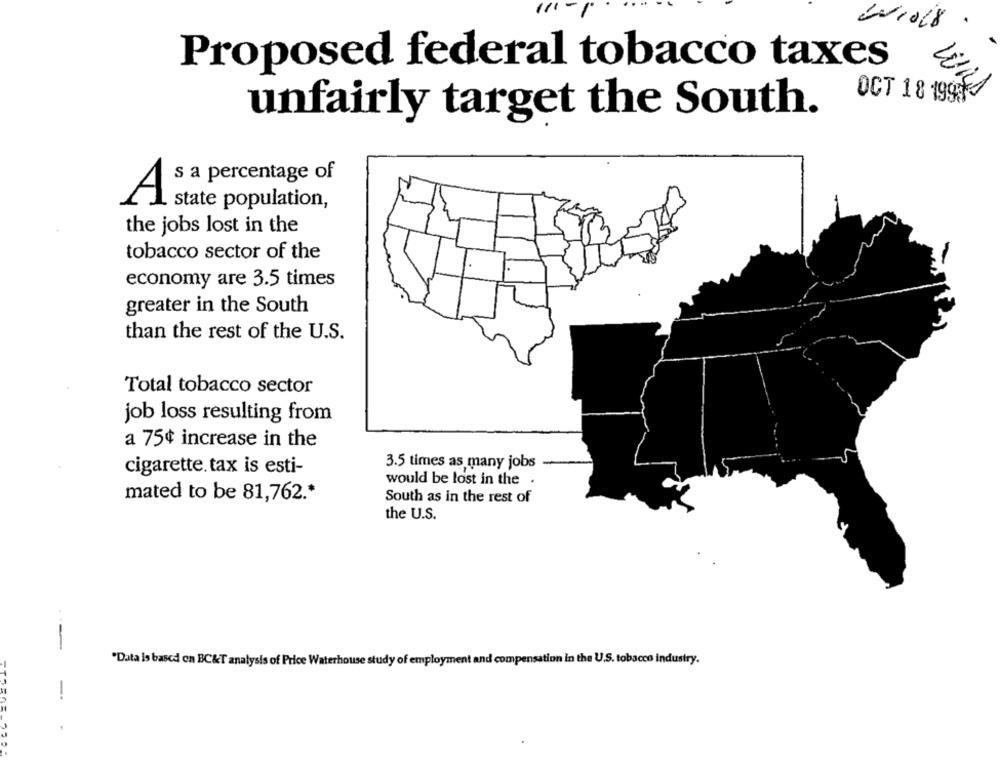
Proposed federal tobacco taxes
OCT 18 19934
unfairly target the South.
s a percentage of
A state population,
the jobs lost in the
tobacco sector of the
economy are 3.5 times
greater in the South
than the rest of the U.S.
Total tobacco sector
job loss resulting from
a 75¢ increase in the
3.5 times as many jobs
cigarette.tax is esti-
would be lost in the .
mated to be 81,762 .*
South as in the rest of
the U.S.
"Data is based on BC&T analysis of Price Waterhouse study of employment and compensation in the U.S. tobacco industry.
-